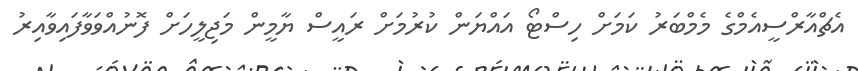
އެޗްއާރްސީއެމްގެ މެމްބަރު ކަމަށް ހިސްޓޯ އައްޔަން ކުރުމަށް ރައީސް ޔާމީން މަޖިލީހަށް ފޮނުއްވަވާފައިވާއިރު